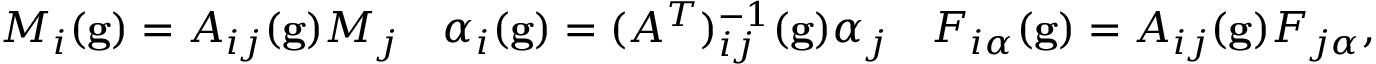
M _ { i } ( \mathbf { g } ) = A _ { i j } ( \mathbf { g } ) M _ { j } \quad \alpha _ { i } ( \mathbf { g } ) = ( A ^ { T } ) _ { i j } ^ { - 1 } ( \mathbf { g } ) \alpha _ { j } \quad F _ { i \alpha } ( \mathbf { g } ) = A _ { i j } ( \mathbf { g } ) F _ { j \alpha } ,